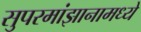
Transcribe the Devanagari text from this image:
सुपरमांझानामध्ये